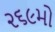
૨૬૯મો